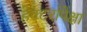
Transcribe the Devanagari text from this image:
हेक्टरांपेक्षा